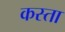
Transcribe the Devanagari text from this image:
कस्ता